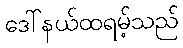
ဒေါ်နယ်ထရမ့်သည်